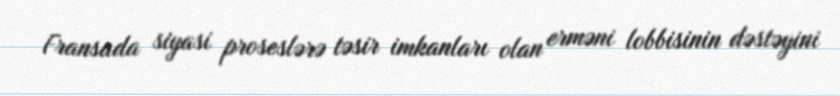
Fransada siyasi proseslərə təsir imkanları olan erməni lobbisinin dəstəyini